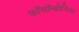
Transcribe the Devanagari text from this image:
फॉसॉम्ब्रोनिया